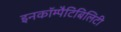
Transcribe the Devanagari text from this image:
इनकॉम्पैटिबिलिटी